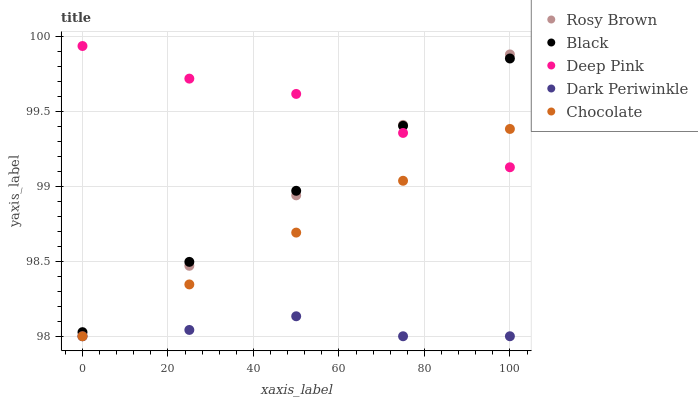
| xaxis_label | Rosy Brown | Black | Deep Pink | Dark Periwinkle | Chocolate |
 | --- | --- | --- | --- | --- | --- |
 | 0 | 98 | 98 | 99.9 | 98 | 98 |
 | 25 | 98.5 | 98.5 | 99.7 | 98 | 98.3 |
 | 50 | 98.9 | 99 | 99.6 | 98.1 | 98.7 |
 | 75 | 99.4 | 99.4 | 99.4 | 98 | 99 |
 | 100 | 99.9 | 99.9 | 99.1 | 98 | 99.4 |